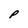
Character: P